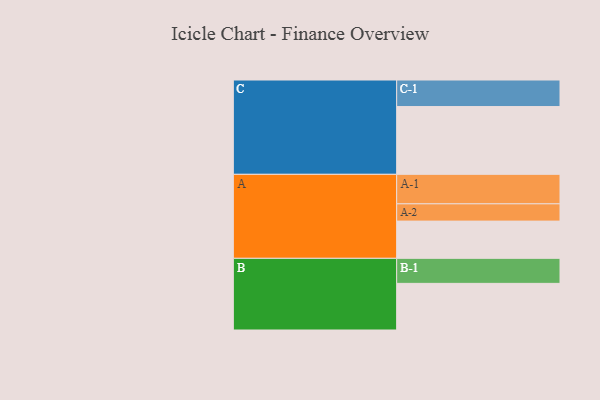
{"axis": {"x": "Segment", "y": "Value"}, "legend": ["", "A", "B", "C"], "data": [{"x": "A", "y": 317, "type": ""}, {"x": "B", "y": 397, "type": ""}, {"x": "C", "y": 577, "type": ""}, {"x": "A-1", "y": 251, "type": "A"}, {"x": "A-2", "y": 147, "type": "A"}, {"x": "B-1", "y": 213, "type": "B"}, {"x": "C-1", "y": 226, "type": "C"}]}